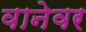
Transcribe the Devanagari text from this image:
वानेवर